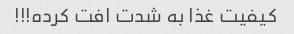
کیفیت غذا به شدت افت کرده!!!